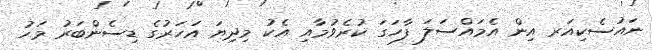
ނައުސެކިއަރ އިން އެމައްސަލަ ފާހަގަ ކުރެވުމާއި އެކު މިދިޔަ އަހަރުގެ ޑިސެންބަރު މަހު